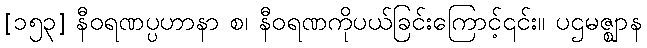
[၁၅၃] နီဝရဏပ္ပဟာနာ စ၊ နီဝရဏကိုပယ်ခြင်းကြောင့်၎င်း။ ပဌမဇ္ဈာန